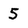
Character: 5